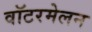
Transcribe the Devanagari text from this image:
वॉटरमेलन